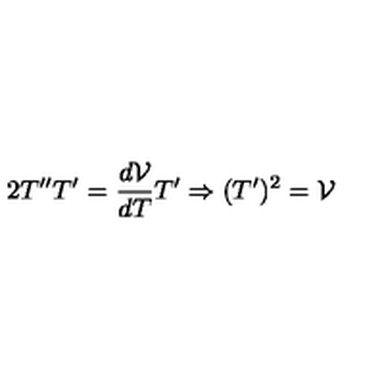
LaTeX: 2 T ^ { \prime \prime } T ^ { \prime } = \frac { d \mathcal { V } } { d T } T ^ { \prime } \Rightarrow ( T ^ { \prime } ) ^ { 2 } = \mathcal { V }